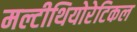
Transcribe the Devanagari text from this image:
मल्टीथियोरेटिकल